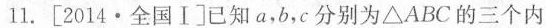
11.[2014·全国I] 已知a,b,c 分别为\triangle ABC 的三个内